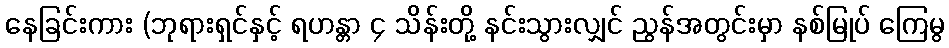
နေခြင်းကား (ဘုရားရှင်နှင့် ရဟန္တာ ၄ သိန်းတို့ နင်းသွားလျှင် ညွန်အတွင်းမှာ နစ်မြုပ် ကြေမွ